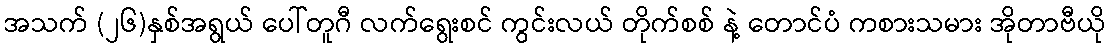
အသက် (၂၆)နှစ်အရွယ် ပေါ်တူဂီ လက်ရွေးစင် ကွင်းလယ် တိုက်စစ် နဲ့ တောင်ပံ ကစားသမား အိုတာဗီယို